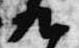
九